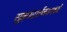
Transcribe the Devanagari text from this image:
सूक्ष्मदर्शकामध्ये